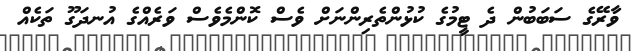
ވާރޭގެ ސަބަބުން ދެ ޓީމުގެ ކުޅުންތެރިންނަށް ވެސް ކޮންމެވެސް ވަރެއްގެ އުނދަގޫ ތަކެއް